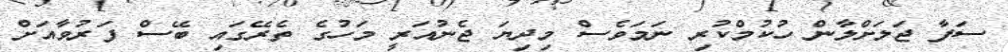
ސަފާ ޖަލަށްލާން ހުކުމްކުރި ނަމަވެސް މިދިޔަ ޖެނުއަރީ މަހުގެ ތެރޭގައި ބޭސް ފަރުވާއަށް